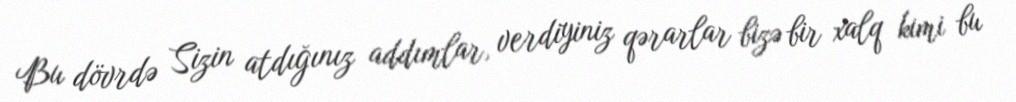
Bu dövrdə Sizin atdığınız addımlar, verdiyiniz qərarlar bizə bir xalq kimi bu